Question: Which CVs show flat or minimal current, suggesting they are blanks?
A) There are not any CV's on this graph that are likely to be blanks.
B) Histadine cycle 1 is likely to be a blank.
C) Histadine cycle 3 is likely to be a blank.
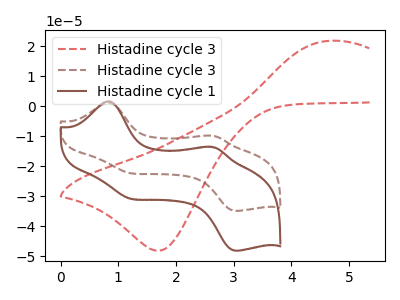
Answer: <think>The red dashed curve "Histadine cycle 3" has an anodic peak at (4.65V, 21.75uA) and a cathodic peak at (1.70V, -48.20uA). The brown dashed curve "Histadine cycle 3" has anodic peaks at (0.85V, 1.15uA) (2.60V, -9.80uA) and cathodic peaks at (1.15V, -22.10uA) (3.05V, -34.85uA). The brown curve "Histadine cycle 1" has anodic peaks at (0.85V, 1.60uA) (2.60V, -13.55uA) and cathodic peaks at (1.15V, -30.50uA) (3.05V, -48.15uA).</think>
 <answer>A) There are not any CV's on this graph that are likely to be blanks.</answer>
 <eval>A</eval>